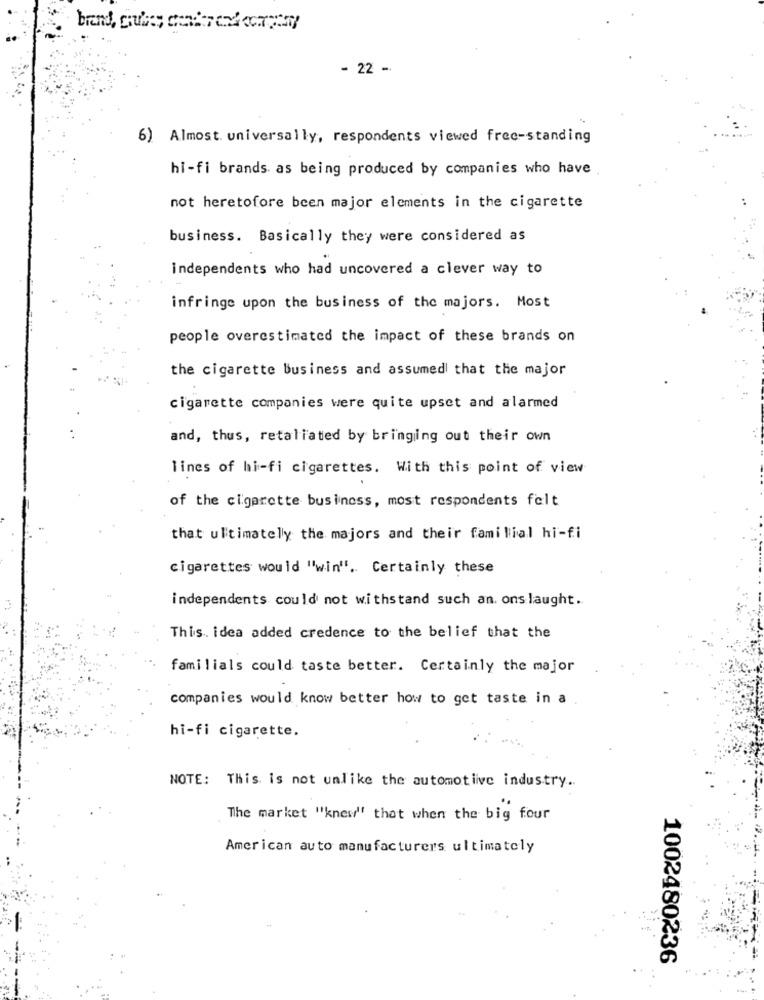
- 22 -
6) Almost. universally, respondents viewed free-standing
hi-fi brands as being produced by companies who have
not heretofore been major elements in the cigarette
business. Basically they were considered as
independents who had uncovered a clever way to
infringe upon the business of the majors. Most
people overestimated the impact of these brands on
the cigarette business and assumed that the major
cigarette companies were quite upset and alarmed
and, thus, retaliated by bringing out their own
lines of hi-fi cigarettes. With this point of view
of the cigarette business, most respondents felt
that ultimately the majors and their familial hi-fi
cigarettes would "win". Certainly these
independents could not withstand such an. onslaught.
This .. idea added credence to the belief that the
familials could taste better. Certainly the major
companies would know better how to get taste in a
hi-fi cigarette.
NOTE: This is not unlike the automotive industry ..
The market "knew" that when the big four
American auto manufacturers ultimately
1002480236